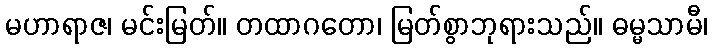
မဟာရာဇ၊ မင်းမြတ်။ တထာဂတော၊ မြတ်စွာဘုရားသည်။ ဓမ္မသာမီ၊